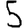
Digit: 5